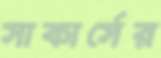
সাকার্সের